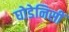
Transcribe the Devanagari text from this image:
घोडेनिसीं